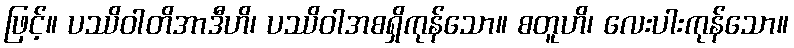
ဖြင့်။ ပဿိဝါတိအာဒီဟိ၊ ပဿိဝါအစရှိကုန်သော။ စတူဟိ၊ လေးပါးကုန်သော။